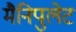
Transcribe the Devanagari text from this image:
मैनिपुलेट